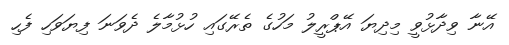
އޭނާ ވިދާޅުވީ މިދިޔަ އޭޕްރީލު މަހުގެ ތެރޭގައި ހުޅުމާލެ ދެވަނަ ފިޔަވަހި ފެހި